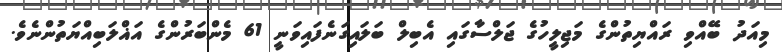
މިއަދު ބޭއްވި ރައްޔިތުންގެ މަޖިލީހުގެ ޖަލްސާގައި އެބިލް ބަލައިގަނެފައިވަނީ 61 މެންބަރުންގެ އަޣްލަބިއްޔަތުންނެވެ.